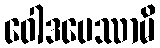
ဝေါဒပေဿာမိ